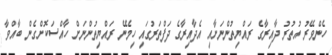
ހެންވޭރު އުތުރު ދާއިރާގެ ރައްޔިތުންނަށާއި އެދާއިރާގެ ދަފްތަރުގައި ހިމެނޭ ރައްޔިތުންނަށް ހާއްސަކޮށްގެން ބާއްވާ